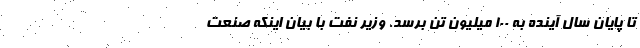
تا پایان سال آینده به ۱۰۰ میلیون تن برسد. وزیر نفت با بیان اینکه صنعت